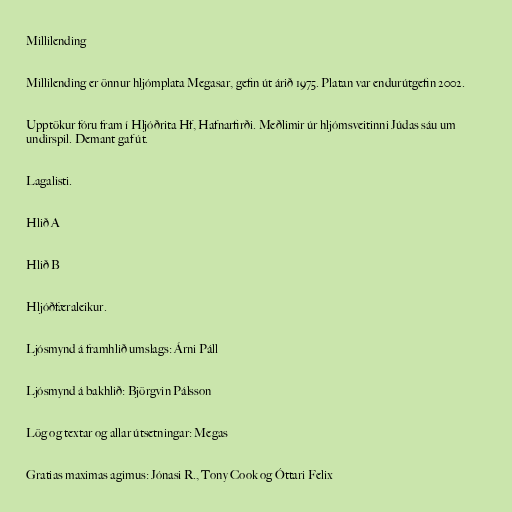
Millilending

Millilending er önnur hljómplata Megasar, gefin út árið 1975. Platan var endurútgefin 2002.

Upptökur fóru fram í Hljóðrita Hf, Hafnarfirði. Meðlimir úr hljómsveitinni Júdas sáu um
undirspil. Demant gaf út.

Lagalisti.

Hlið A

Hlið B

Hljóðfæraleikur.

Ljósmynd á framhlið umslags: Árni Páll

Ljósmynd á bakhlið: Björgvin Pálsson

Lög og textar og allar útsetningar: Megas

Gratias maximas agimus: Jónasi R., Tony Cook og Óttari Felix